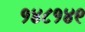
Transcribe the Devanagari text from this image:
१४८१४९